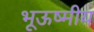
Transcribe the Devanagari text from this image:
भूऊष्मीय